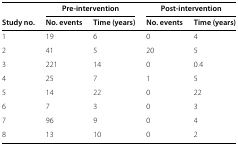
|  | <COLSPAN=2> Pre-intervention | <COLSPAN=2> Post-intervention |
 | Study no. | No. events | Time (years) | No. events | Time (years) |
 | --- | --- | --- | --- | --- |
 | 1 | 19 | 6 | 0 | 4 |
 | 2 | 41 | 5 | 20 | 5 |
 | 3 | 221 | 14 | 0 | 0.4 |
 | 4 | 25 | 7 | 1 | 5 |
 | 5 | 14 | 22 | 0 | 22 |
 | 6 | 7 | 3 | 0 | 3 |
 | 7 | 96 | 9 | 0 | 4 |
 | 8 | 13 | 10 | 0 | 2 |